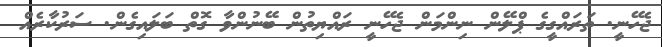
ޖެހޭނީ. ތަރައްގީގެ ޕްލޭން ނިންމަން ޖެހޭނީ ރައްޔިތުން ބޭނުންވާ ގޮތް ބަލައިގެން. ސަރުކާރެއް